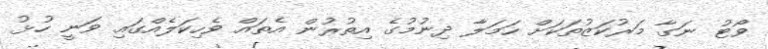
ވޯޓު ނަގާ މަރުކަޒުތަކަށް ހަމަލާ ދިނުމުގެ އިތުރުން އެތައް ވެހިކަލެއްގައި ވަނީ ހުޅު